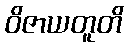
ဝိဇာယတူတိ